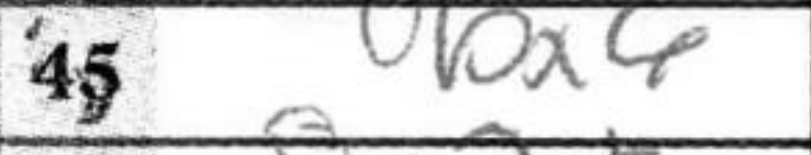
Transcription: bx6